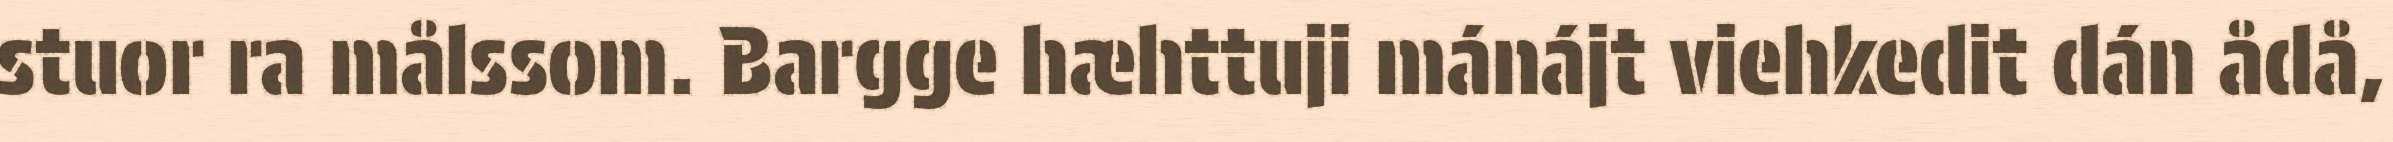
stuor ra målssom. Bargge hæhttuji mánájt viehkedit dán ådå,